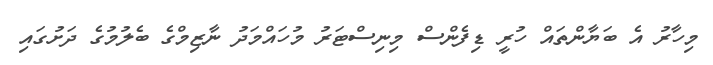
މިހާރު އެ ބަޔާންތައް ހުރީ ޑިފެންސް މިނިސްޓަރު މުހައްމަދު ނާޒިމްގެ ބެލުމުގެ ދަށުގައި